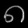
Digit: ၈